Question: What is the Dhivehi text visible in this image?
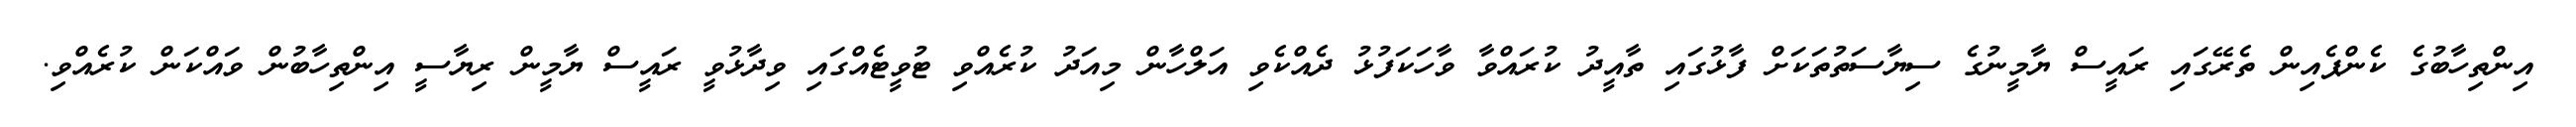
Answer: އިންތިހާބުގެ ކެންޕެއިން ތެރޭގައި ރައީސް ޔާމީނުގެ ސިޔާސަތުތަކަށް ފާޅުގައި ތާއީދު ކުރައްވާ ވާހަކަފުޅު ދެއްކެވި އަލްހާން މިއަދު ކުރެއްވި ޓުވީޓެއްގައި ވިދާޅުވީ ރައީސް ޔާމީން ރިޔާސީ އިންތިހާބުން ވައްކަން ކުރެއްވި.